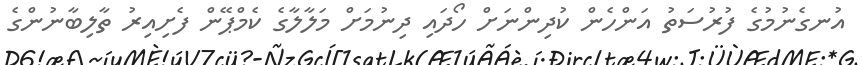
އުނގެނުމުގެ ފުރުސަތު އަންހެން ކުދިންނަށް ހޯދައި ދިނުމަށް މަލާލާގެ ކެމްޕޭން ފެށިއިރު ތާލިބާނުންގެ